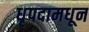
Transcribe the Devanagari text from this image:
धृपदामधून